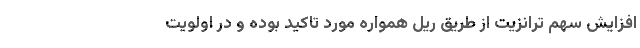
افزایش سهم ترانزیت از طریق ریل همواره مورد تاکید بوده و در اولویت